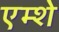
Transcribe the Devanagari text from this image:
एम्शे